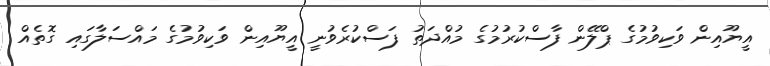
އީޔޫއިން ވަކިވުމުގެ ޕްލޭން ފާސްކުރުމުގެ މުއްދަތު ފަސްކުރެވުނީ އީޔޫއިން ވަކިވުމުގެ މައްސަލާގައި ގޮތެއް